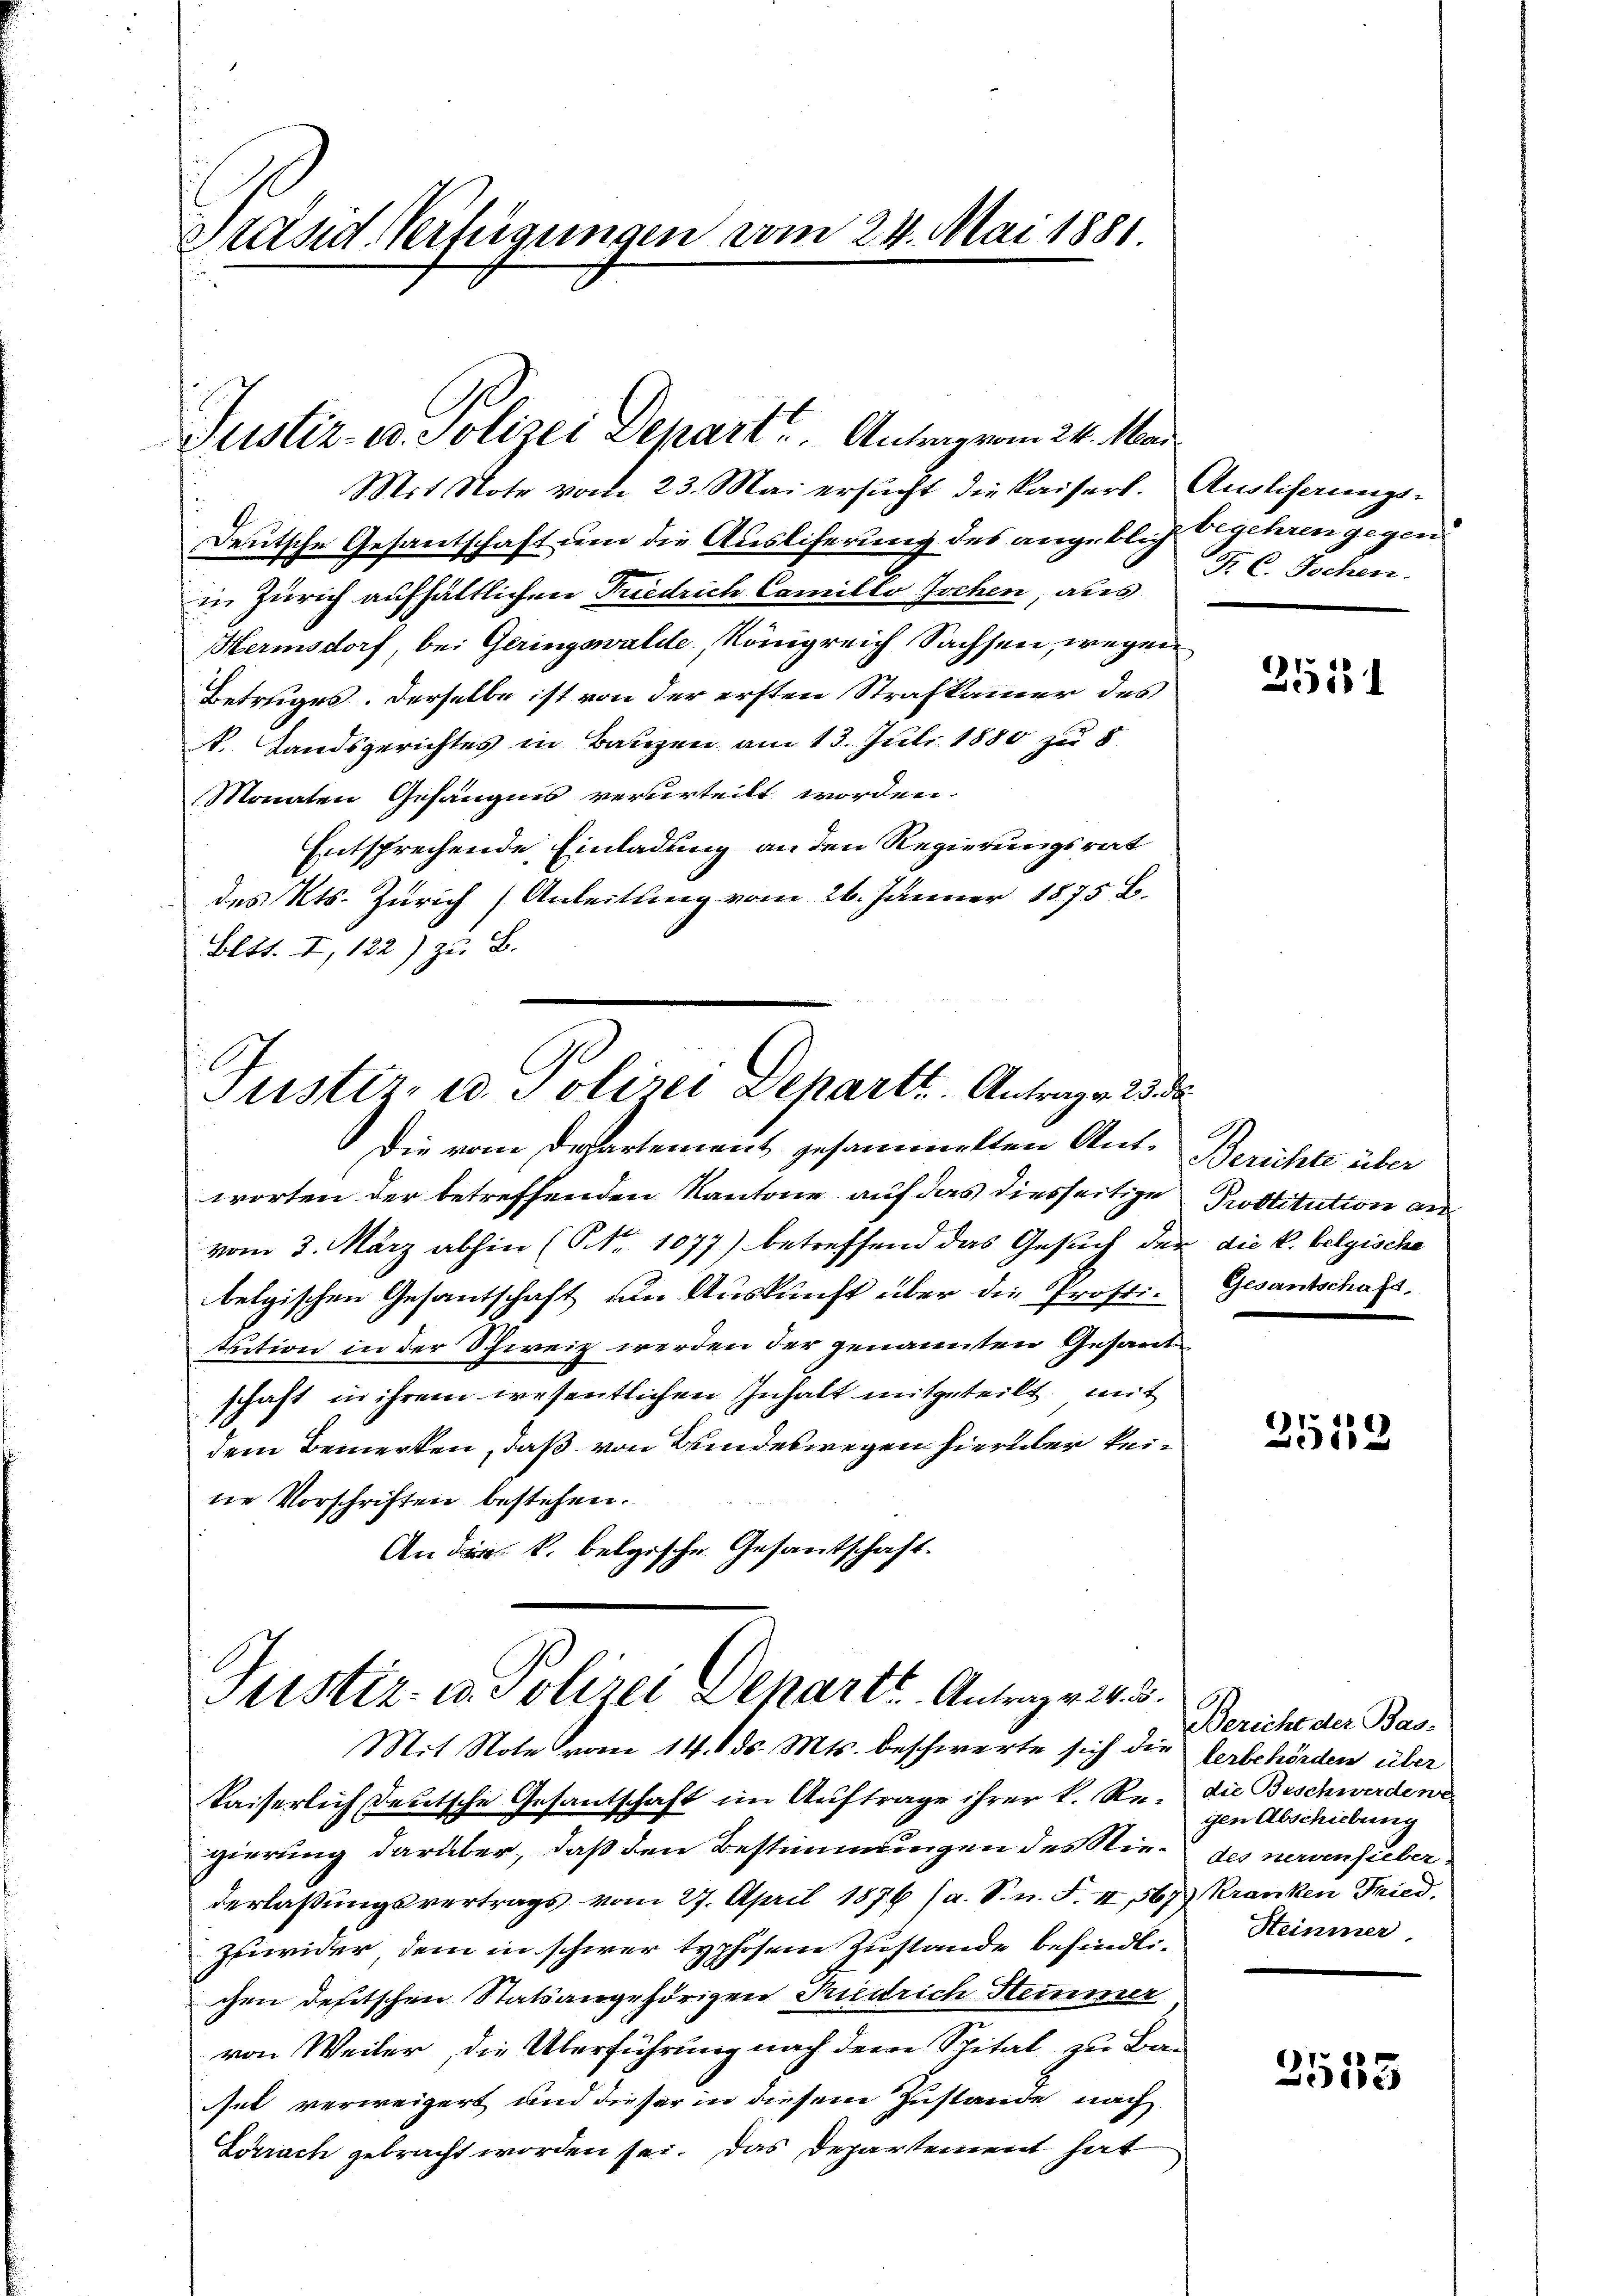
Präsid Verfügungen vom 24. Mai 1881

Justiz- u. Polizei Depart. Antrag vom 24. Mai
Mit Note vom 23. Mai ersŭcht die Kaisers. Auslisaŭngs-

Deutsche Gesantschaft um die Ausliferung des angeblich begehren gegen
in Zürich aufhältlichen Friedrich Camillo Jochen, aus
Herinsdorf, bei Geringswalde, Königreich Sachsen, wegen
Betruges. Derselbe ist von der ersten Strafkammer des
. Landsgerichtes in Bauzen am 13. Juli 1880 zu 8
Monaten Gefängnis verurteilt worden.
Entsprechende Einladung an den Regierungsrat
des Kts. Zürich Anleitung vom 26. Jänner 1875 B.
Bett. I, 122) zu B.

Tuster, u. Polizei Dehartt. Antrag v. 23. d

Die vom Departement gesammelten Ant. Berichte über
worten der betreffenden Kantone auf das diesseitige Prostitution anvom 3. März abhin (NNo. 1077.) betreffend das Gesuch der
belgischen Gesantschaft um Auskunft über die Prosti-
tition in der Schweiz werden der genannten Gesand
schaft in ihrem wesentlichen Inhalt mitgeteilt, mit
dem Bemerken, daß von Bundeswegen hierüber keine Vorschriften bestehen.
An die k. belgische Gesantschaft

Justiz- u. Polizei Departe. Antrag v. 24. 5.
Mit Note vom 14. ds. Mts. beschwerte sich die Verbehörden über

kaiserlich deutsche Gesantschaft im Auftrage ihrer k. Re- die Beschwerdene
gierung darüber, daß den Bestimmungen des Niederlaßungsvertrags vom 27. April 1876 (a. S. n. F. II, 567 Kranken Fried
Zuwider dem in schwer typhosem Zustande befindlichen deseitschen Statsangehörigen Tiedrich Stimmer
von Weiler, die Überführung nach dem Spital zu Ba-
sel verweigert und dieser in diesem Zustande nach
Sarrach gebracht worden sei. Das Departement hat

F. C. Jochen.

2511

die k. belgische
Gesantschaft.

6
312

Bericht der Bas-
gen Abschiebung
des nervenfieber.
Steinmer

3553